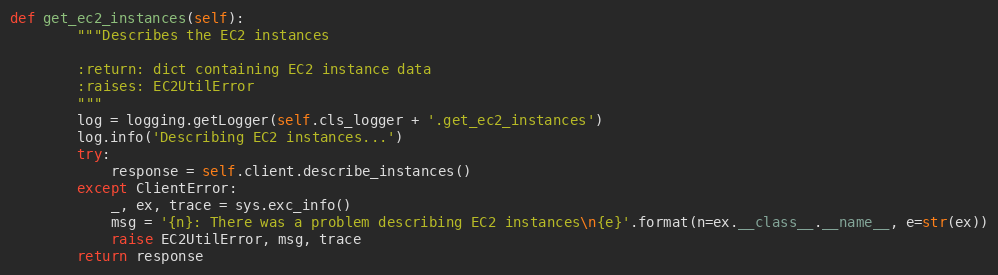
Language: Python
def get_ec2_instances(self):
        """Describes the EC2 instances

        :return: dict containing EC2 instance data
        :raises: EC2UtilError
        """
        log = logging.getLogger(self.cls_logger + '.get_ec2_instances')
        log.info('Describing EC2 instances...')
        try:
            response = self.client.describe_instances()
        except ClientError:
            _, ex, trace = sys.exc_info()
            msg = '{n}: There was a problem describing EC2 instances\n{e}'.format(n=ex.__class__.__name__, e=str(ex))
            raise EC2UtilError, msg, trace
        return response